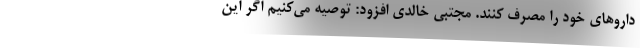
داروهای خود را مصرف کنند. مجتبی خالدی افزود: توصیه می‌کنیم اگر این